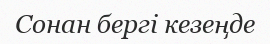
Сонан бергі кезеңде